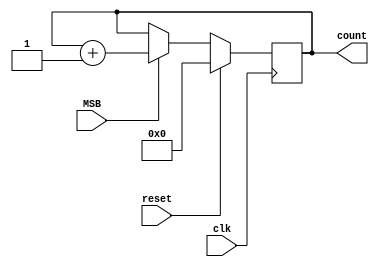
/// Counter Module for FSM ///
// 22 bit counter 
// if MSB == 1
// count increments
// else count stays same
// if rst == 1 -> count = 0
// if lfsr cycle compelted, count -> restarts 
//////////////////////////////////////////////////
module count_seq(
    input clk, reset,
    input MSB,
    output reg [21:0] count
 );
 
////////////////////////////////////// 
 always @ (posedge clk)
 begin
 
    if(reset)
    count <= 21'b000000;
 else if (MSB)
    count <= count + 1;
 else if (!MSB)
    count <= count;
 end
 
 ///////////////////////////////////////////////////
 endmodule
////////////////////////////////////////////////////